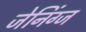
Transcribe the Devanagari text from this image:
जेनिंग्ज